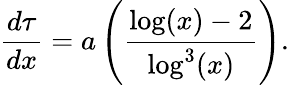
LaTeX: \frac{d\tau}{dx}=a\left(\frac{\log(x)-2}{\log^{3}(x)}\right).